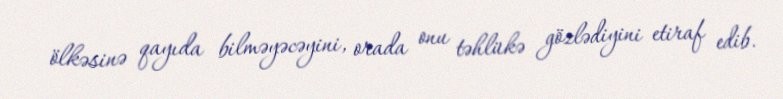
ölkəsinə qayıda bilməyəcəyini, orada onu təhlükə gözlədiyini etiraf edib.